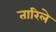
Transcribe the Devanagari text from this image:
तारिले